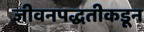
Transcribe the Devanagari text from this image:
जीवनपद्धतीकडून